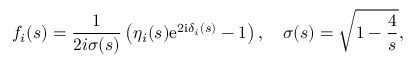
f _ { i } ( s ) = { \frac { 1 } { 2 i \sigma ( s ) } } \left( \eta _ { i } ( s ) \mathrm { e } ^ { 2 \mathrm { i } \delta _ { i } ( s ) } - 1 \right) , \quad \sigma ( s ) = \sqrt { 1 - { \frac { 4 } { s } } } ,